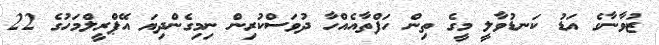
ޒުވާނާގެ އަޑު ކަނޑުވާލީ މީގެ ތިން ހަފްތާއެއްހާ ދުވަސްކުރިން ނިމިގެންދިޔަ އޭޕްރީލްމަހުގެ 22